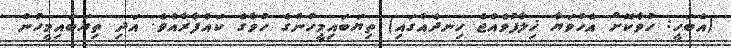
(އެބަހީ: ހުވާކޮށް އެހުވަޔާ ޚިލާފުވެއްޖެ ހިނދެއްގައި) ތިޔަބައިމީހުންގެ ހުވާގެ ކައްފާރާއެވެ. އަދި ތިޔަބައިމީހުން